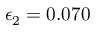
\epsilon _ { 2 } = 0 . 0 7 0